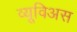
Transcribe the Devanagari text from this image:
व्यूविअस